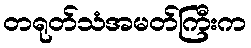
တရုတ်သံအမတ်ကြီးက